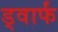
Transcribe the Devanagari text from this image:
ड्वार्फं